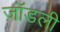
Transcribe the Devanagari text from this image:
जॉडली